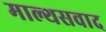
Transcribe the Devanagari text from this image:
माल्थसवाद